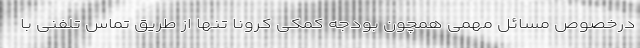
درخصوص مسائل مهمی همچون بودجه کمکی کرونا تنها از طریق تماس تلفنی با